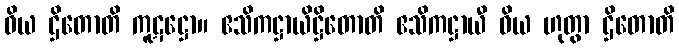
ဝိယ ဌိတောတိ ကူဋဋ္ဌော။ ဧသိကဋ္ဌာယိဋ္ဌိတောတိ ဧသိကဋ္ဌာယီ ဝိယ ဟုတွာ ဌိတောတိ